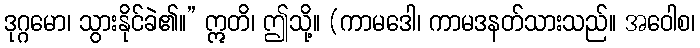
ဒုဂ္ဂမော၊ သွားနိုင်ခဲ၏။” ဣတိ၊ ဤသို့။ (ကာမဒေါ၊ ကာမဒနတ်သားသည်။ အဝေါစ၊